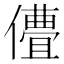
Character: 𬿽